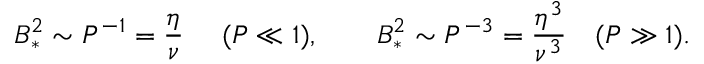
B _ { * } ^ { 2 } \sim P ^ { - 1 } = \frac { \eta } { \nu } \ \quad ( P \ll 1 ) , \qquad B _ { * } ^ { 2 } \sim P ^ { - 3 } = \frac { \eta ^ { 3 } } { \nu ^ { 3 } } \quad ( P \gg 1 ) .